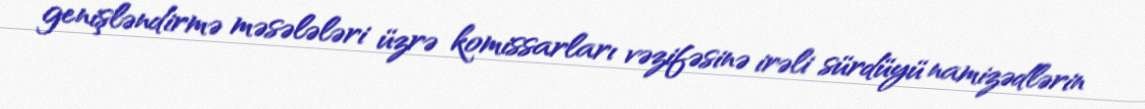
genişləndirmə məsələləri üzrə komissarları vəzifəsinə irəli sürdüyü namizədlərin